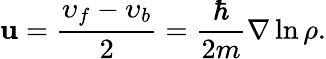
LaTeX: {\mathbf u}=\frac{\upsilon_{f}-\upsilon_{b}}{2}=\frac{\hbar}{2m}{\mathbf\nabla}\ln{\rho}.